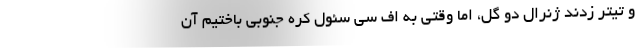
و تیتر زدند ژنرال دو گل، اما وقتی به اف سی سئول کره جنوبی باختیم آن